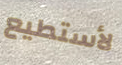
لأستطيع